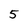
Character: 5